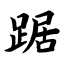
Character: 踞